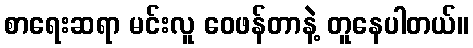
စာရေးဆရာ မင်းလူ ဝေဖန်တာနဲ့ တူနေပါတယ်။